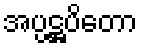
အပ္ပဋ္ဌပိတော